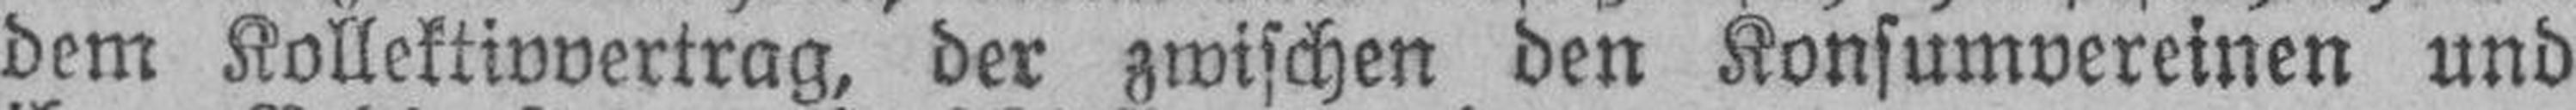
dem Kollektivvertrag, der zwischen den Konsumvereinen und